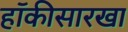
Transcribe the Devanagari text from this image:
हॉकीसारखा